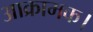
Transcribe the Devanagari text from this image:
आक्रामक।